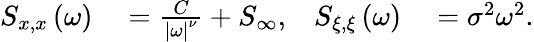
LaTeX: \begin{array}{rlrl}{S_{x,x}\left(\omega\right)}&{{}=\frac{C}{\left|\omega\right|^{\nu}}+S_{\infty},}&{S_{\xi,\xi}\left(\omega\right)}&{{}=\sigma^{2}\omega^{2}.}\end{array}